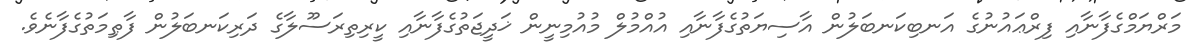
މަރްޔަމްގެފާނާއި ފިރްޢައުނުގެ އަނބިކަނބަލުން އާސިޔަތުގެފާނާއި އުއްމުލް މުއުމިނީން ޚަދީޖަތުގެފާނާއި ކީރިތިރަސޫލާގެ ދަރިކަނބަލުން ފާޠިމަތުގެފާނެވެ.